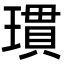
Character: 瑻